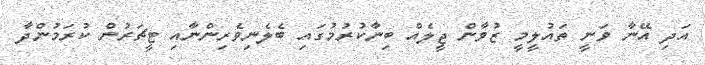
އަދި އޭނާ ވަނީ ތައުލީމީ ޒުވާން ޖީލެއް ބިނާކުރުމުގައި ބެލެނިވެރިންނާއި ޓީޗަރުން ކުރަމުންދާ